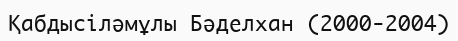
Қабдысіләмұлы Бәделхан (2000-2004)